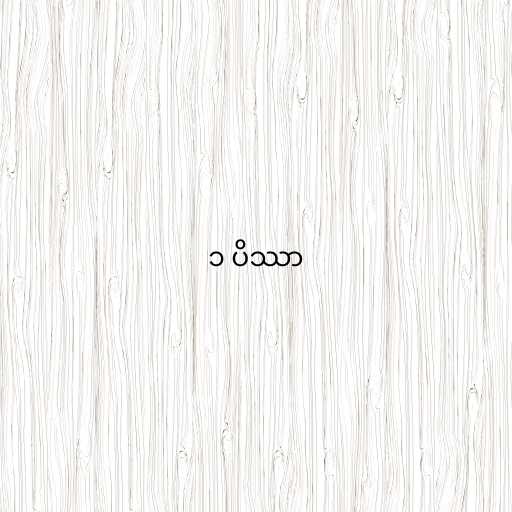
၁ ပိဿာ